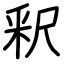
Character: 釈